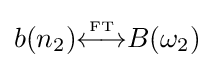
b(n_{2}){\overset {\underset {\mathrm {FT} }{}}{\longleftrightarrow }}B(\omega _{2})